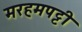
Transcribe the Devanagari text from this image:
मरहमपट्टी